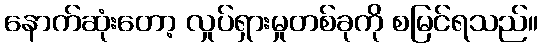
နောက်ဆုံးတော့ လှုပ်ရှားမှုတစ်ခုကို စမြင်ရသည်။